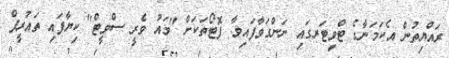
ރައްޔިތުން އެކަމަނާގެ ޓްވިޓަރގައި ނަންގަވާފައިވާ ފޮޓޯތަކަށް "ވައު ވެރީ ސްވީޓް" ކިޔާފައި ތައުރީފް